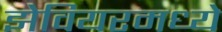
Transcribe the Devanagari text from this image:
झेवियरमध्ये